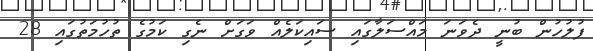
ފުލުހުން ބުނީ ދެވަނަ މައްސަލާގައި ސައިކަލެއް ވަގަށް ނެގި ކަމުގެ ތުހުމަތުގައި 28